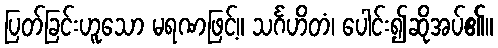
ပြတ်ခြင်းဟူသော မရဏဖြင့်။ သင်္ဂဟိတံ၊ ပေါင်း၍ဆိုအပ်၏။